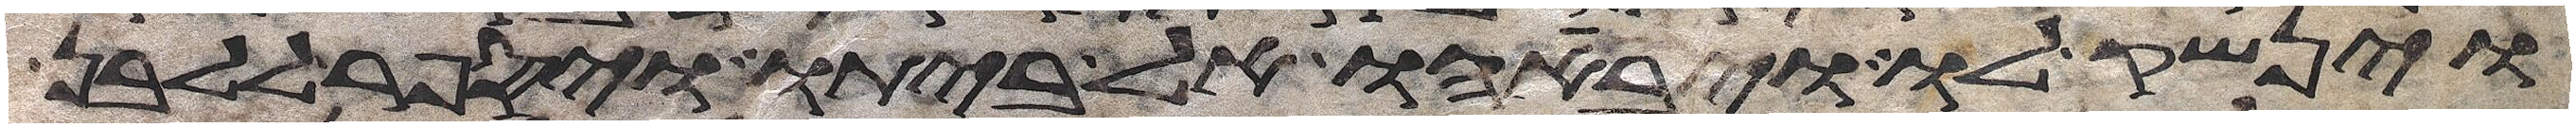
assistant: וינשק לו ויביאהו אל ביתו ויספר ללבן